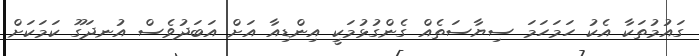
ގައުމުތަކާ އެކު ހަމަހަމަ ސިޔާސަތެއް ގެންގުޅުމަކީ އިންޑިއާ އަށް އަބަދުވެސް އުނދަގޫ ކަމަކަށް